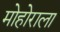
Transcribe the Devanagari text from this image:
मोहोराला